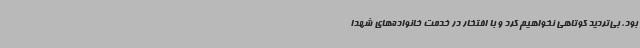
بود، بی‌تردید کوتاهی نخواهیم کرد و با افتخار در خدمت خانواده‌های شهدا